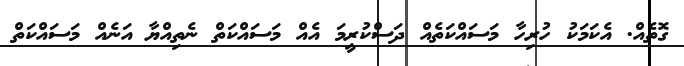
ގޮތެއް. އެކަމަކު ހުރިހާ މަސައްކަތެއް ދަސްކުރީމަ އެއް މަސައްކަތް ނެތިއްޔާ އަނެއް މަސައްކަތް